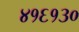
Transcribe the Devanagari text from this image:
४१६१३०